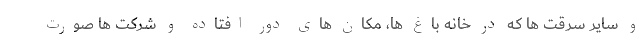
و سایر سرقت ها که در خانه باغ ها، مکان های دور افتاده و شرکت ها صورت